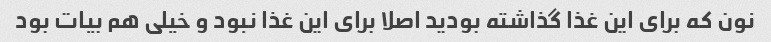
نون که برای این غذا گذاشته بودید اصلا برای این غذا نبود و خیلی هم بیات بود